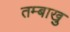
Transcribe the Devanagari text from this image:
तम्बाखु